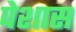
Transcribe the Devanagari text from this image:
पेशास